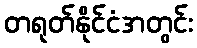
တရုတ်နိုင်ငံအတွင်း